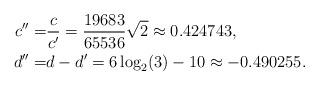
LaTeX: \begin{align*}c'' = & \dfrac{c}{c'} = \dfrac{19683}{65536}\sqrt{2} \approx 0.424743, \\d'' = & d-d' = 6 \log_2(3) - 10 \approx - 0.490255.\end{align*}